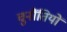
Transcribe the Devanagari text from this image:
चुनौंतियों